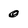
Character: 0